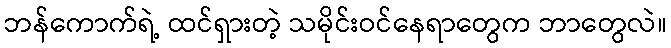
ဘန်ကောက်ရဲ့ ထင်ရှားတဲ့ သမိုင်းဝင်နေရာတွေက ဘာတွေလဲ။